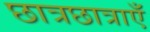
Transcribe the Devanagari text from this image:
छात्रछात्राएँ